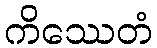
ကိဿေတံ